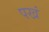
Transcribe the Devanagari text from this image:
पखं